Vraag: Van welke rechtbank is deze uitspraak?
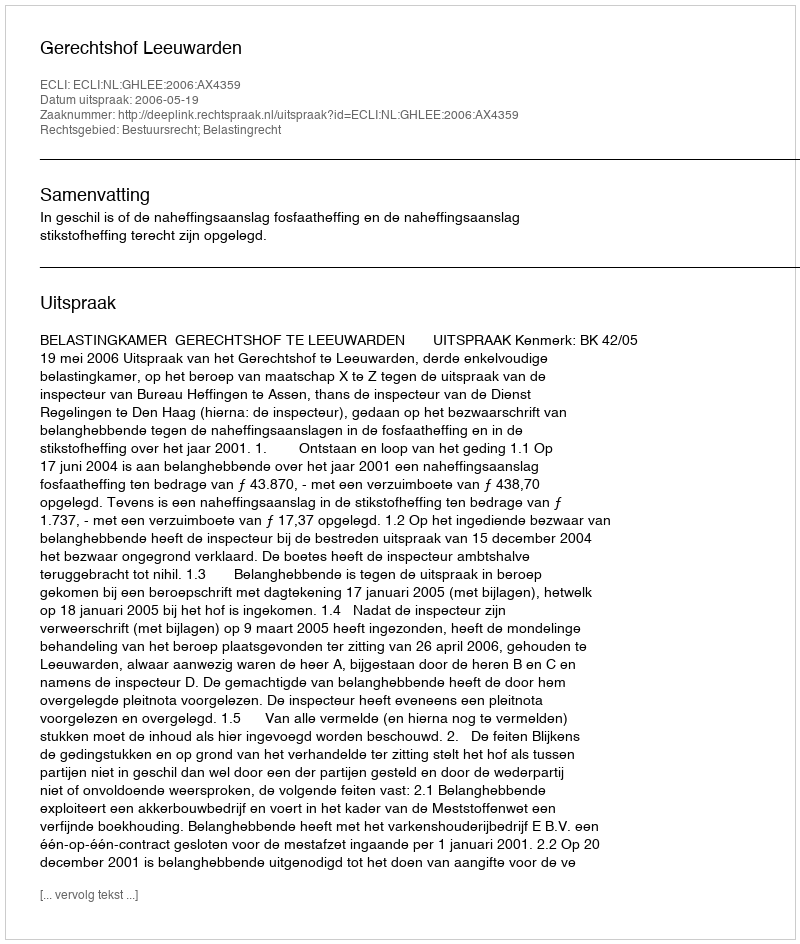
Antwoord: Gerechtshof Leeuwarden